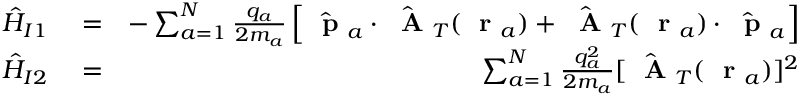
\begin{array} { r l r } { \hat { H } _ { I 1 } } & { { } = } & { - \sum _ { a = 1 } ^ { N } \frac { q _ { a } } { 2 m _ { a } } \left[ \hat { \mathrm { ~ \bf ~ p ~ } } _ { a } \cdot \hat { \mathrm { ~ \bf ~ A ~ } } _ { T } ( \mathrm { ~ \bf ~ r ~ } _ { a } ) + \hat { \mathrm { ~ \bf ~ A ~ } } _ { T } ( \mathrm { ~ \bf ~ r ~ } _ { a } ) \cdot \hat { \mathrm { ~ \bf ~ p ~ } } _ { a } \right] } \\ { \hat { H } _ { I 2 } } & { { } = } & { \sum _ { a = 1 } ^ { N } \frac { q _ { a } ^ { 2 } } { 2 m _ { a } } [ \hat { \mathrm { ~ \bf ~ A ~ } } _ { T } ( \mathrm { ~ \bf ~ r ~ } _ { a } ) ] ^ { 2 } } \end{array}